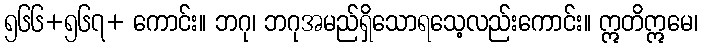
၅၆၆+၅၆၇+ ကောင်း။ ဘဂု၊ ဘဂုအမည်ရှိသောရသေ့လည်းကောင်း။ ဣတိဣမေ၊